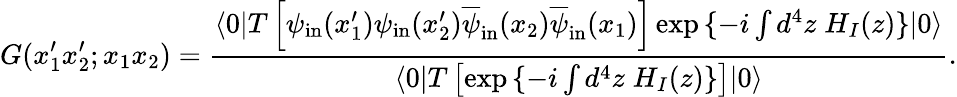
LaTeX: G(x_{1}^{\prime}x_{2}^{\prime};x_{1}x_{2})=\frac{\langle 0|T\left[\psi_{\mathrm{in}}(x_{1}^{\prime})\psi_{\mathrm{in}}(x_{2}^{\prime})\overline{{\psi}}_{\mathrm{in}}(x_{2})\overline{{\psi}}_{\mathrm{in}}(x_{1})\right]\exp{\{ -i\int d^{4}z\; H_{I}(z)\} }|0\rangle}{\langle 0|T\left[\exp{\{ -i\int d^{4}z\; H_{I}(z)\} }\right]|0\rangle}.